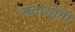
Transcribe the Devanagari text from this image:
सदायोगी